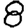
Digit: 8